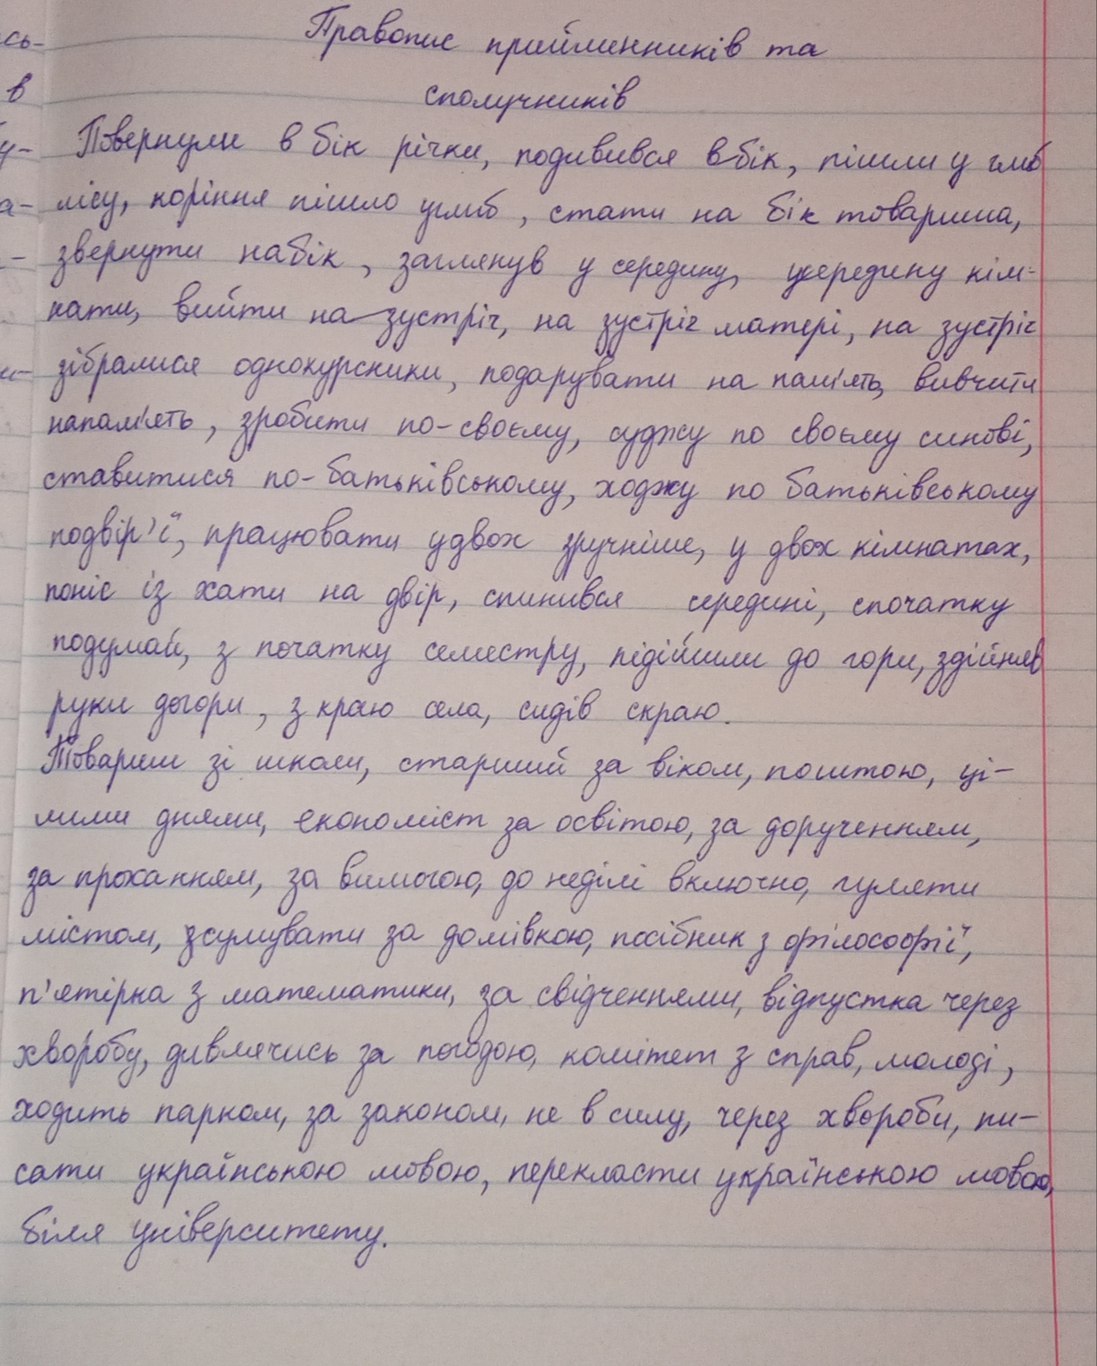
Правопис прийменників та
сполучників
Повернули в бік річки, подивився вбік, пішли у глиб
лісу, коріння пішло углиб, стати на бік товариша,
звернути набік, заглянув у середину, середину кім-
нати, вийти назустріч, на зустріч матері, на зустріч
зібралися однокурсники, подарувати на пам'ять, вивчити
напам'ять, зробити по-своєму, суджу по своєму синові,
ставитися по-батьківському, ходжу по батьківському
подвір'ї, працювати удвох зручніше, у двох кімнатах,
поніс із хати на двір, спинився середині, спочатку
подумай, з початку семестру, підійшли до гори, здійняв
руки догори, з краю села, сидів скраю.
Товариш зі школи, старший за віком, поштою, ці-
лими днями, економіст за освітою, за дорученням,
за проханням, за вимогою, до неділі включно, гуляти
містом, ~~з~~сумувати за домівкою, посібник з філософії,
п'ятірка з математики, за свідченнями, відпустка через
хворобу, дивлячись за погодою, комітет з справ, молоді,
ходить парком, за законом, не в силу, через хвороби, пи-
сати українською мовою, перекласти українською мовою,
біля університету.